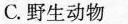
C.野生动物